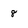
Character: 8